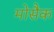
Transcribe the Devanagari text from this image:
मोसैक